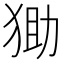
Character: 𤞩